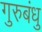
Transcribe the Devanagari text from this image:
गुरुबंधु